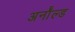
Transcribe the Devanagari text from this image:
अर्नॉल्ड